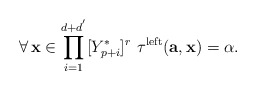
\begin{align*}\forall\,\mathbf{x}\in\displaystyle{\prod_{i=1}^{d+d^{'}}}[Y_{p+i}^{*}]^{r}\,\,\tau^{\mathrm{left}}(\mathbf{a},\mathbf{x})=\alpha.\end{align*}